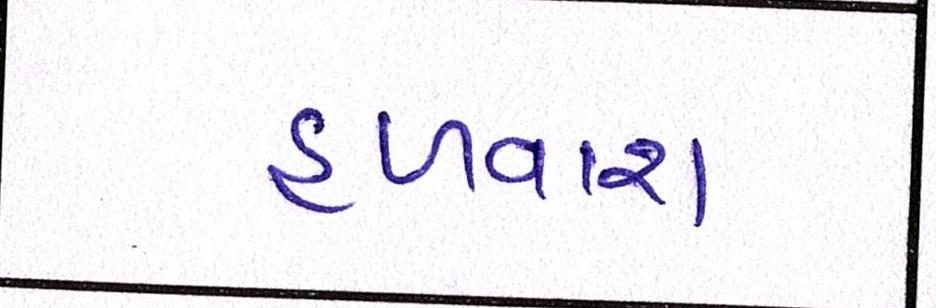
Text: હળવાશ